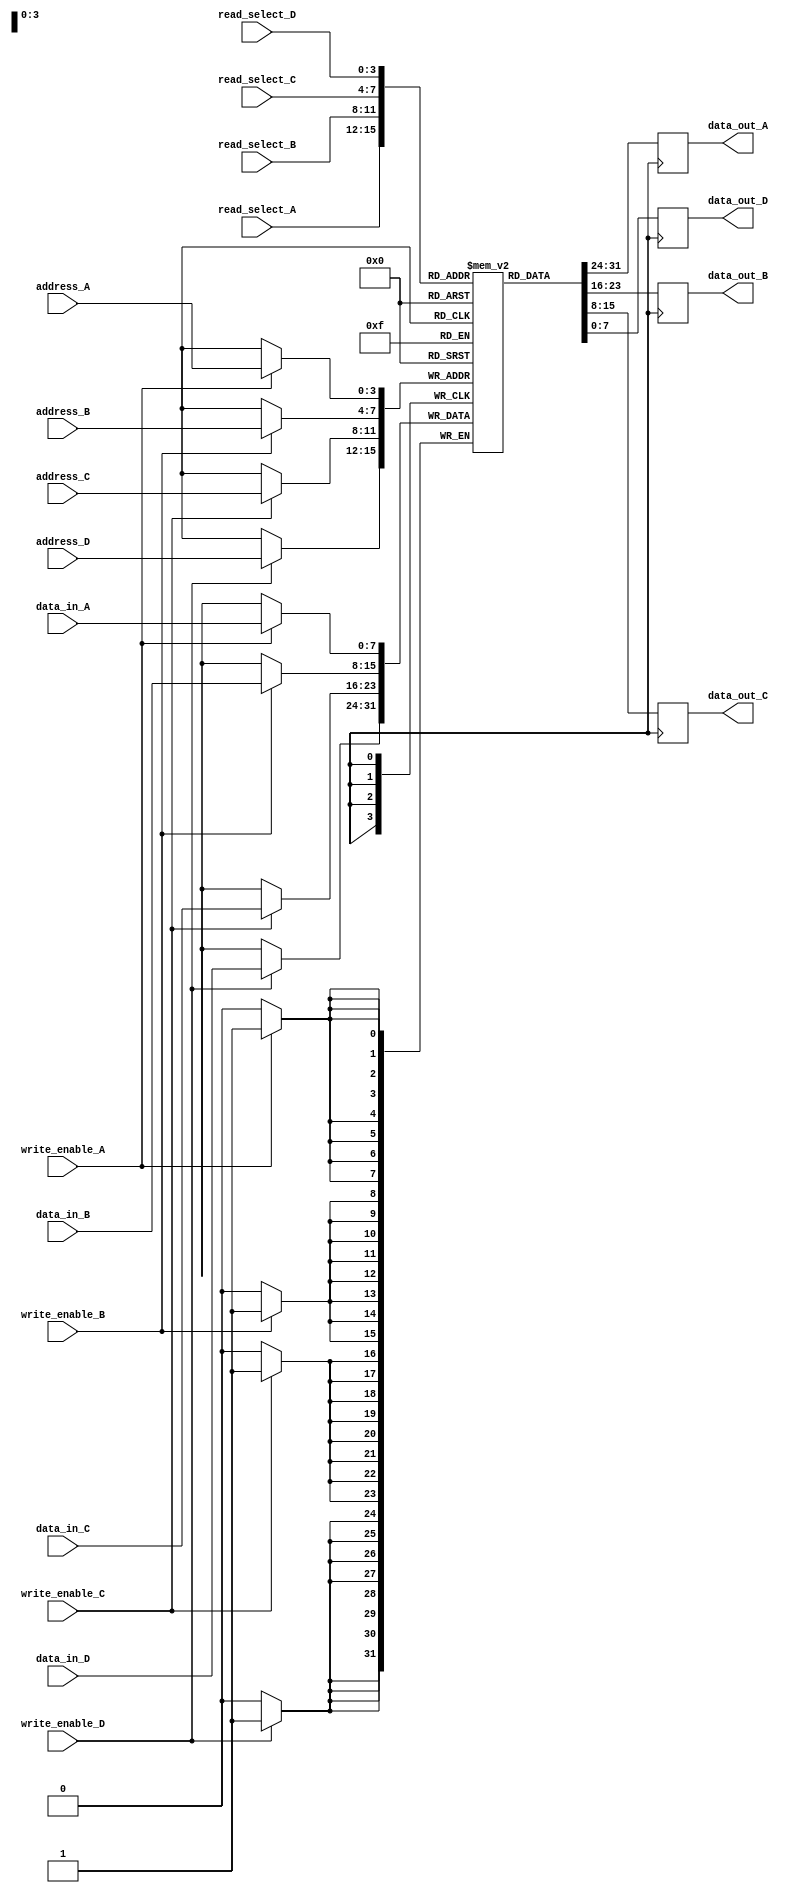
module quad_port_register_file (
    input wire [7:0] data_in_A,
    input wire [7:0] data_in_B,
    input wire [7:0] data_in_C,
    input wire [7:0] data_in_D,
    
    input wire [3:0] address_A,
    input wire [3:0] address_B,
    input wire [3:0] address_C,
    input wire [3:0] address_D,
    
    input wire write_enable_A,
    input wire write_enable_B,
    input wire write_enable_C,
    input wire write_enable_D,
    
    output wire [7:0] data_out_A,
    output wire [7:0] data_out_B,
    output wire [7:0] data_out_C,
    output wire [7:0] data_out_D,
    
    input wire [3:0] read_select_A,
    input wire [3:0] read_select_B,
    input wire [3:0] read_select_C,
    input wire [3:0] read_select_D
);

reg [7:0] memory [0:15];

always @ (posedge clock) begin
    if(write_enable_A)
        memory[address_A] <= data_in_A;
    if(write_enable_B)
        memory[address_B] <= data_in_B;
    if(write_enable_C)
        memory[address_C] <= data_in_C;
    if(write_enable_D)
        memory[address_D] <= data_in_D;
    
    data_out_A <= memory[read_select_A];
    data_out_B <= memory[read_select_B];
    data_out_C <= memory[read_select_C];
    data_out_D <= memory[read_select_D];
end

endmodule